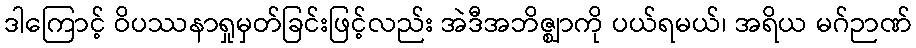
ဒါကြောင့် ဝိပဿနာရှုမှတ်ခြင်းဖြင့်လည်း အဲဒီအဘိဇ္ဈာကို ပယ်ရမယ်၊ အရိယ မဂ်ဉာဏ်